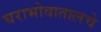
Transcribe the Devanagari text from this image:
घराभोवातालचे